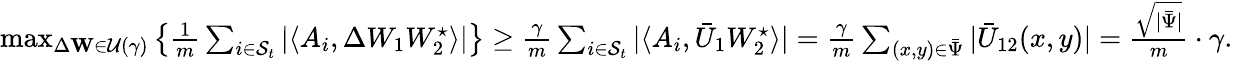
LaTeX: \begin{array}{r}{\operatorname*{max}_{\Delta\mathbf{W}\in\mathcal{U}(\gamma)}\left\{ \frac{1}{m}\sum_{i\in{\mathcal{S}_{t}}}|\langle A_{i},\Delta W_{1}W_{2}^{\star}\rangle|\right\} \geq\frac{\gamma}{m}\sum_{i\in{\mathcal{S}_{t}}}|\langle A_{i},\bar{U}_{1}W_{2}^{\star}\rangle|=\frac{\gamma}{m}\sum_{(x,y)\in\bar{\Psi}}|\bar{U}_{12}(x,y)|=\frac{\sqrt{|\bar{\Psi}|}}{m}\cdot\gamma.}\end{array}